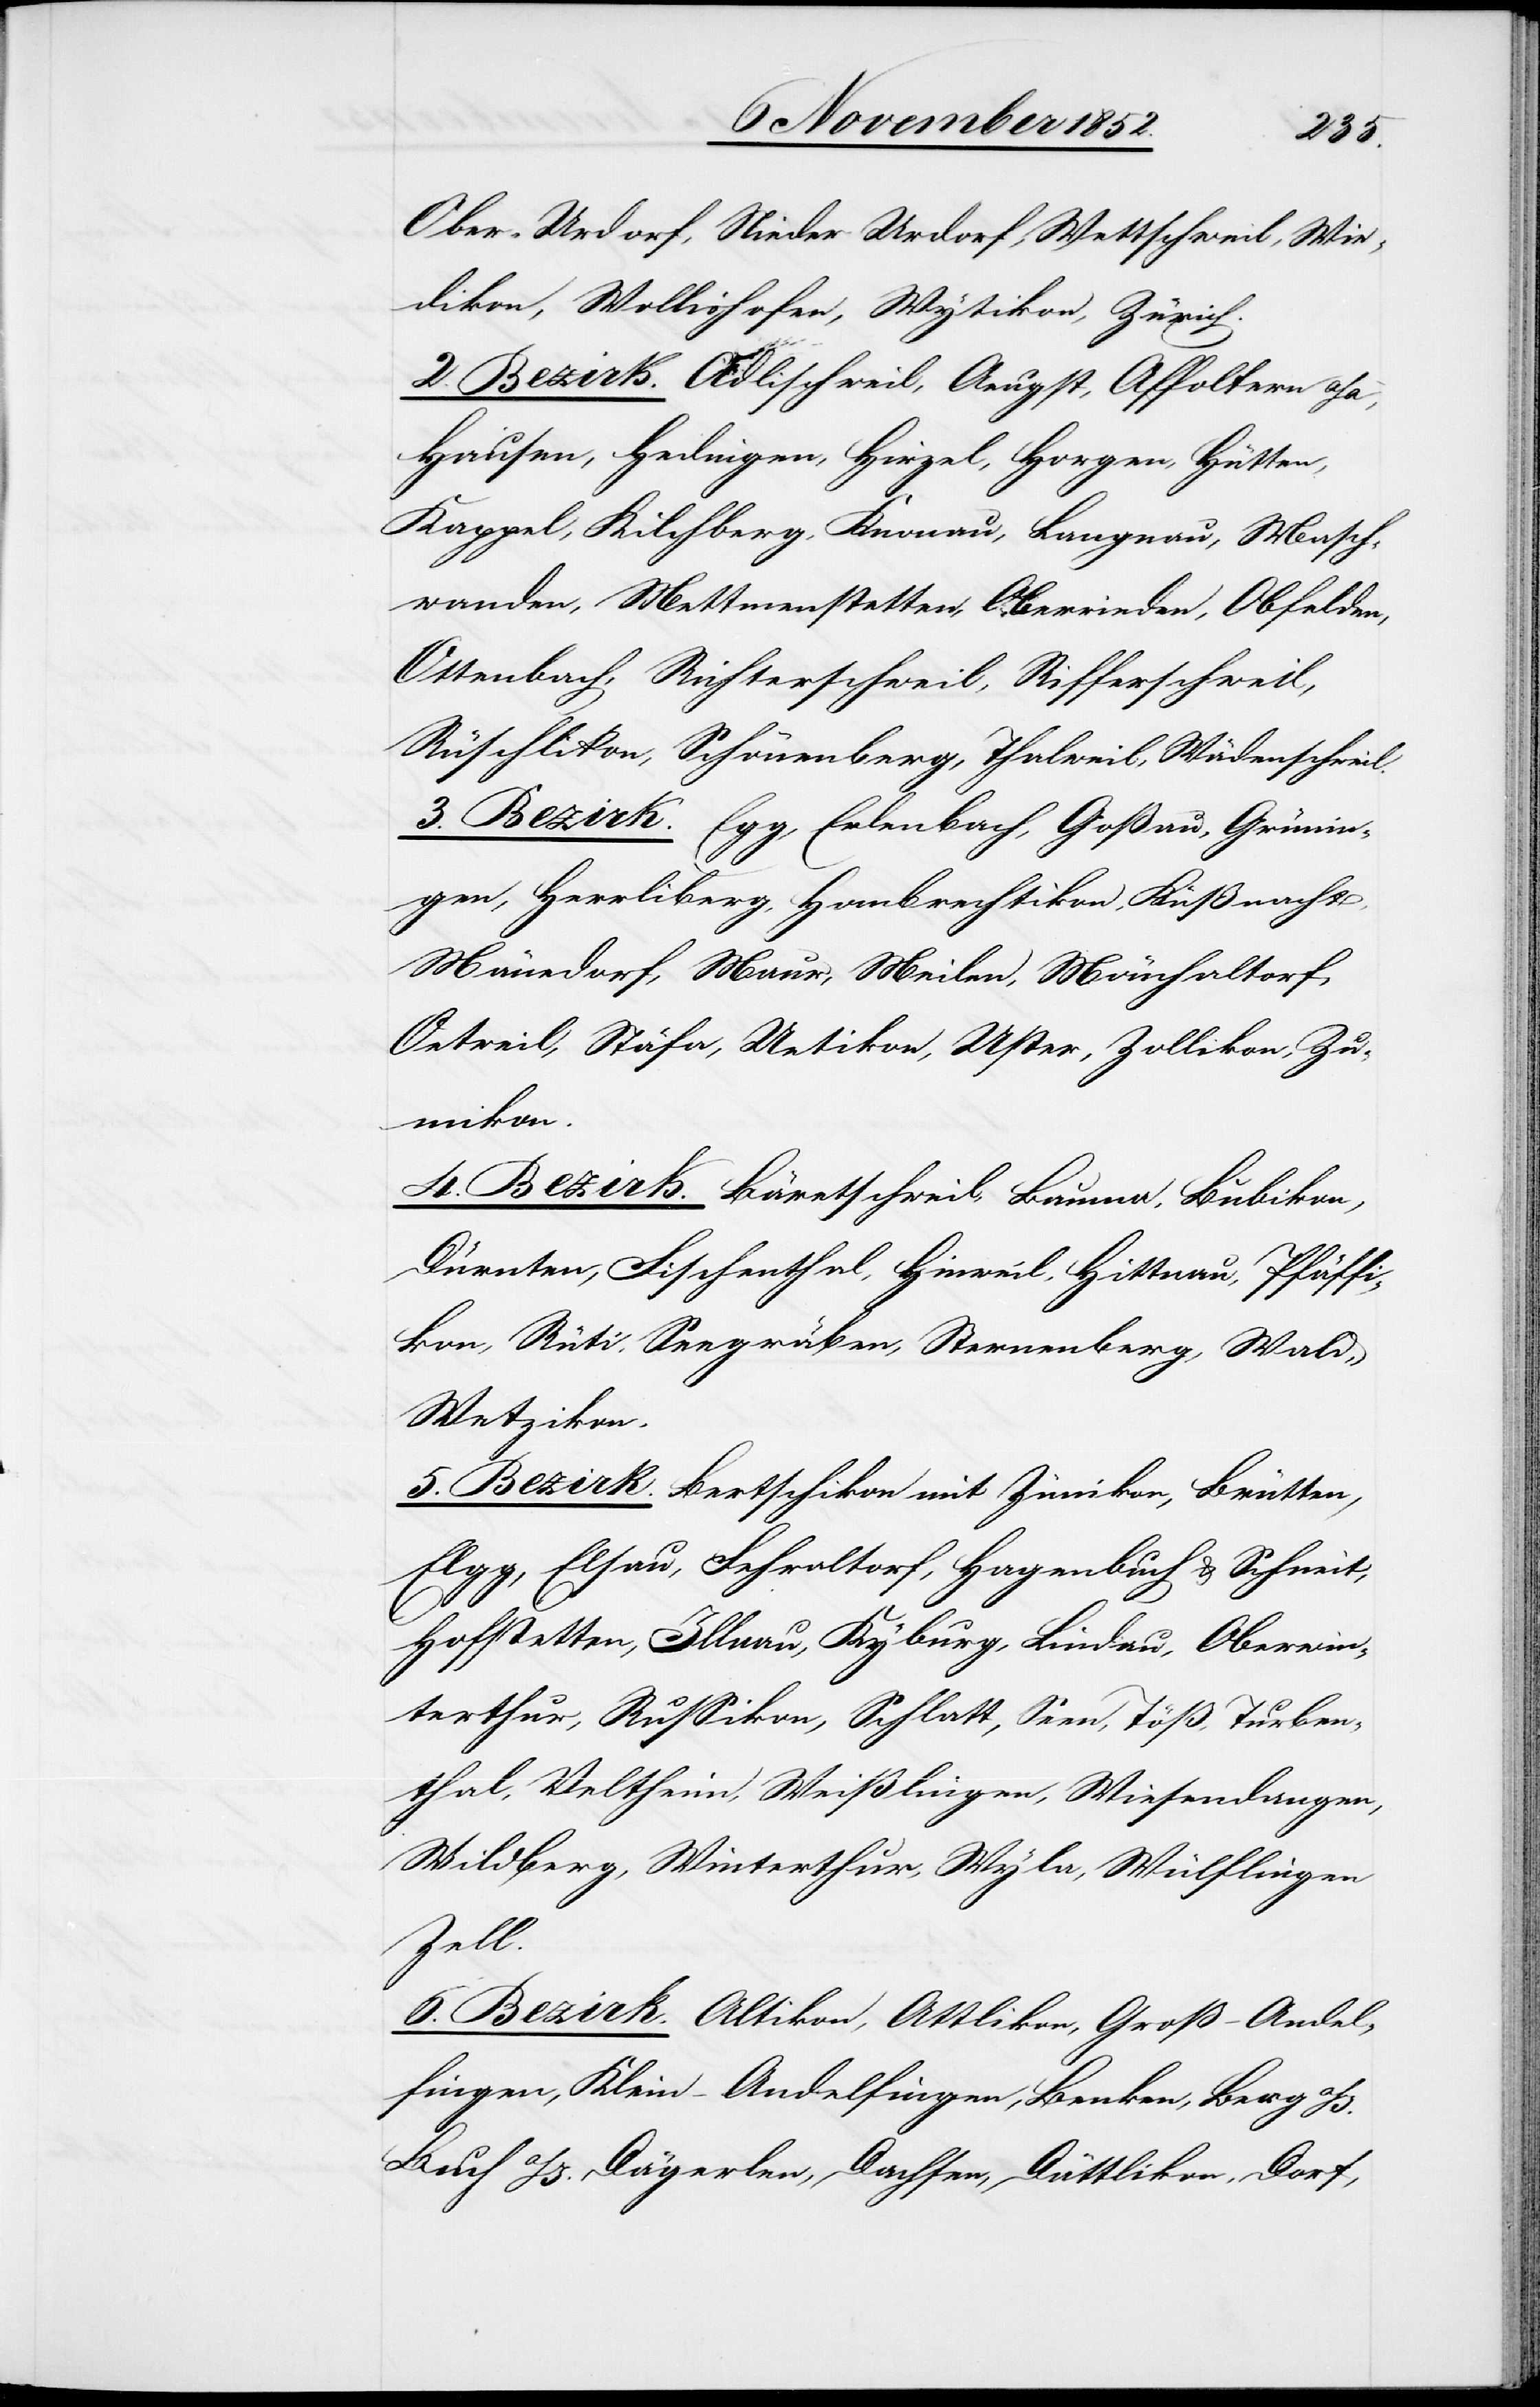
Ober-Urdorf, Nieder[-]Urdorf, Wettschweil, Wie¬
dikon, Wollishofen, Wytikon, Zürich.
2. Bezirk. Adlischweil, Aeugst, Affoltern a/a,
Hausen, Hedingen, Hirzel, Horgen, Hütten,
Kappel, Kilchberg, Knonau, Langnau, Masch¬
wanden, Mettmenstetten, Oberrieden, Obfelden,
Ottenbach, Richterschweil, Rifferschweil,
Rüschlikon, Schönenberg, Thalweil, Wädenschweil.
3. Bezirk. Egg, Erlenbach, Goßau, Grünin¬
gen, Herrliberg, Hombrechtikon, Küßnacht,
Män[n]edorf, Maur, Meilen, Mönchaltorf,
Oetweil, Stäfa, Uetikon, Uster, Zollikon, Zu¬
mikon.
4. Bezirk. Bäretschweil, Bauma, Bubikon,
Dürnten, Fischenthal, Hinweil, Hittnau, Pfäffi¬
kon, Rüti, Seegräben, Sternenberg, Wald,
Wetzikon.
5. Bezirk. Bertschikon mit Zimikon, Brütten,
Elgg, Elsau, Fehraltorf, Hagenbuch & Schneit,
Hofstetten, Illnau, Kyburg, Lindau, Oberwin¬
terthur, Russikon, Schlatt, Seen, Töß, Turben¬
thal, Veltheim, Weißlingen, Wiesendangen,
Wildberg, Winterthur, Wyla, Wülflingen[,]
Zell.
6. Bezirk. Altikon, Attlikon, Groß-Andel¬
fingen, Klein-Andelfingen, Benken, Berg
Buch a/I.[,] Dägerlen, Dachsen, Dättlikon, Dorf,